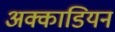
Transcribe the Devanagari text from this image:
अक्काडियन